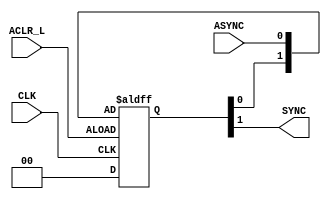
`timescale 1ns / 1ps
//////////////////////////////////////////////////////////////////////////////////
//Sync2.v
//This is a serial in serial out left-shifting shift register
//This allow us to use key board input signals directly 
//without having to worry about metastability or signal timing
//Shao-Peng Yang
//2/14/19: Initial Release
//////////////////////////////////////////////////////////////////////////////////


module Sync2(CLK, ASYNC, ACLR_L, SYNC);
input CLK, ASYNC, ACLR_L;
output SYNC;
wire aclr_i; // active high internal signal for asynchronous clear
reg [1:0]shiftreg_i; 

assign aclr_i = ~ACLR_L;
assign SYNC = shiftreg_i[1]; // assign the serial output from the shift reg to the output

//creating a left-shifting shift register 
always @(posedge CLK, negedge aclr_i)
begin
    if(aclr_i == 1'b1)
        shiftreg_i <= 2'b00;
    else
        shiftreg_i <= {shiftreg_i[0], ASYNC};
end
endmodule